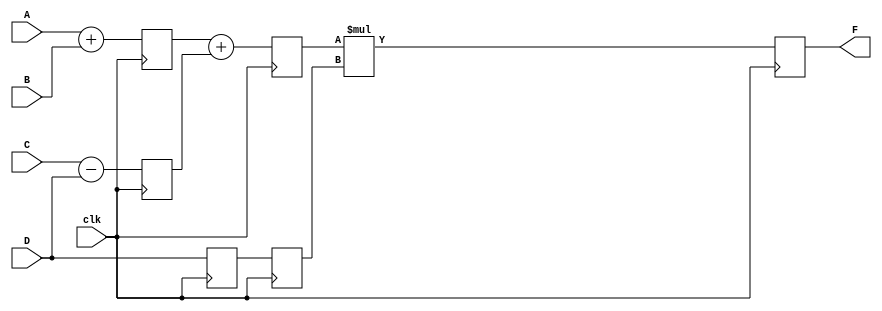
`timescale 1ns / 1ps

module pipe1_ex(
 F,A,B ,C,D,clk   );
parameter N=10;
input[0:N-1] A, B, C, D;
input clk;
output [0:N-1] F;
reg [0:N-1] L12_x1 , L12_x2, L12_D , L23_D ,L23_x3, L34_D;

assign F= L34_D;

always @(posedge clk)
begin
L12_x1 <= #4 A+B;
L12_x2 <= #4 C-D;
L12_D <= D;
end

always @(posedge clk)
begin
L23_x3 <= #4 L12_x1 + L12_x2;
L23_D<= L12_D;
end

always @(posedge clk)
begin
L34_D <= #4 ( L23_x3 * L23_D);

end
endmodule